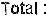
TOTAL :